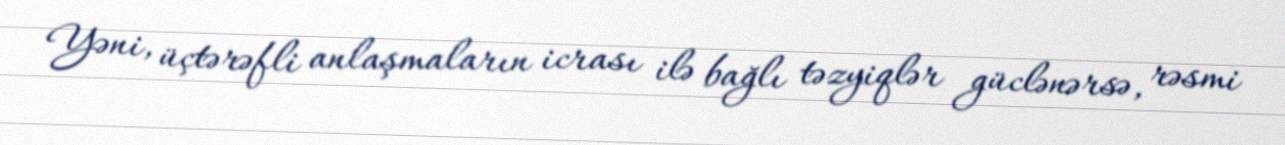
Yəni, üçtərəfli anlaşmaların icrası ilə bağlı təzyiqlər güclənərsə, rəsmi